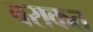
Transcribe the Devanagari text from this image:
बराकत